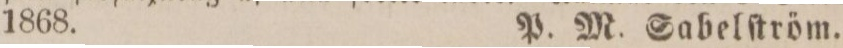
1868.    P. M. Sabelſtröm.